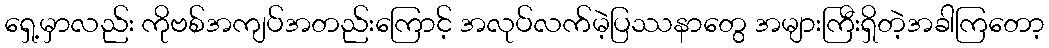
ရှေ့မှာလည်း ကိုဗစ်အကျပ်အတည်းကြောင့် အလုပ်လက်မဲ့ပြဿနာတွေ အများကြီးရှိတဲ့အခါကြတော့